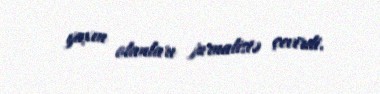
yaxın olanları jurnalistə çevirdi.